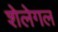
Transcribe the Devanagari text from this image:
शेलेगल